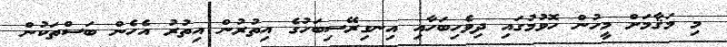
މި މަޤާމަށް މީހުން ހޮވުމުގައި ދިވެހިބަހާއި އިނގިރޭސިބަހުގެ އިތުރުން އިތުރު އެހެން ބަސްތަކުން